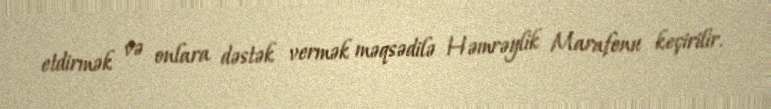
etdirmək və onlara dəstək vermək məqsədilə Həmrəylik Marafonu keçirilir.